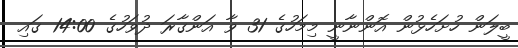
ބީލަން ހުށަހެޅުން އޮންނާނީ މިމަހުގެ 31 ވާ އަންގާރަ ދުވަހުގެ 14:00 ގައި